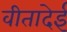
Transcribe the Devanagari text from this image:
वीतादेई